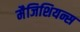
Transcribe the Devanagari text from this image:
मैजिशियन्स